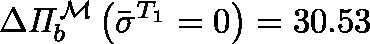
\Delta \mathit { \Pi } _ { b } ^ { \mathcal { M } } \left( \bar { \sigma } ^ { T _ { 1 } } = 0 \right) = 3 0 . 5 3 \